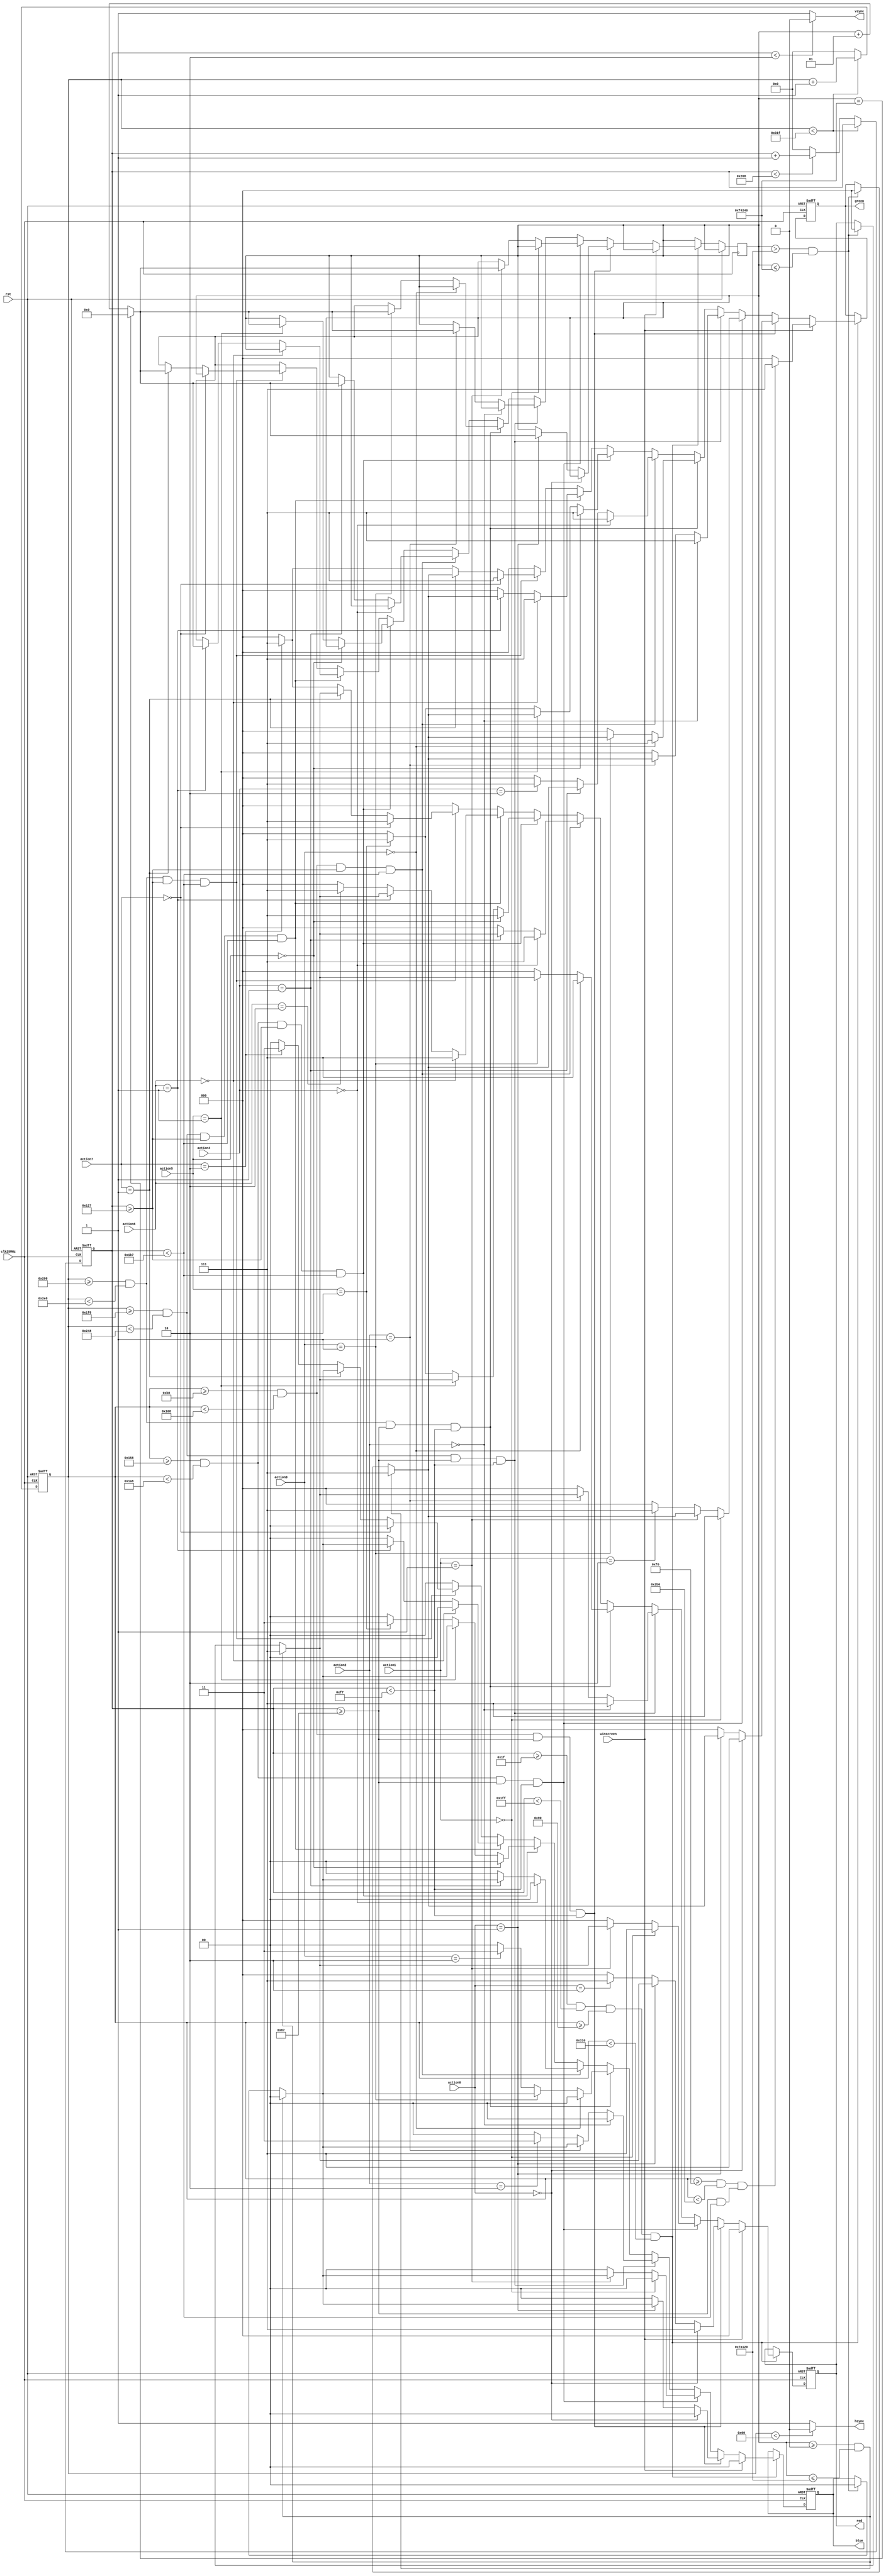
module vga640x480( 	input clk25MHz,
							input rst,
							input [1:0] action0,
							input [1:0] action1,
							input [1:0] action2,
							input [1:0] action3,
							input [1:0] action4,
							input [1:0] action5,
							input [1:0] action6,
							input [1:0] action7,
							input winscreen,
							output reg [2:0] red, 
							output reg [2:0] green, 
							output reg [1:0] blue, 
							output hsync, 
							output vsync
																);

	parameter hpulse = 96; 	// hsync pulse length
	parameter vpulse = 2; 	// vsync pulse length
	parameter hbp = 144; 	// end of horizontal back porch //=144
	parameter hfp = 784; 	// beginning of horizontal front porch //=784
	parameter vbp = 31; 		// end of vertical back porch//=31
	parameter vfp = 511; 	// beginning of vertical front porch//=511
	parameter hPixels = 800;	// horizontal pixels per line = 800
	parameter vLines = 521; 	// vertical lines per frame	= 521
	
	reg [9:0] hc,vc;
	
	assign hsync = (hc < hpulse) ? 0:1;
	assign vsync = (vc < vpulse) ? 0:1;
	
	integer blinking=0;
	
	always @(posedge clk25MHz or posedge rst) begin
		if (rst == 1) begin
			hc <= 0;
			vc <= 0;
		end
		else begin
			if (hc < hPixels - 1)
				hc <= hc + 1;
			else begin
				hc <= 0;
				if (vc < vLines - 1)
					vc <= vc + 1;
				else
					vc <= 0;
			end
		end
	end

	always @(posedge clk25MHz or posedge rst) begin
		if(rst == 1) begin
			red 	<= 3'b000;	
			green <= 3'b000;	
			blue 	<= 2'b00;
		end
		else begin
			if (vc >= vbp && vc < vfp && hc >= hbp && hc < hfp) begin
				if(winscreen==0)begin
					if ((hc >= (hbp+40) && hc < (hbp+120)) && vc >= (vbp+ 72) && vc < (vbp+216)) begin //K
						if(action0==2'b00)begin
							red <= 3'b111;
							green <= 3'b111;
							blue <= 2'b00;
						end
						else if(action0==2'b01)begin
								if(blinking>=0 && blinking<=500000) begin                       // burada sar rengin yanp snmesini salayan kod balyor
									red <= 3'b111;
									green <= 3'b111;
									blue <= 2'b00;
								end
							
								else if(blinking>500000 && blinking<=1000000)begin
									red <= 3'b000;
									green <= 3'b000;
									blue <= 2'b00;					
								end
							
								if(blinking==1000000)
									blinking=0;
								else 
									blinking=blinking+1;                                              //burada sar rengin yanp snmesini salayan kod bitiyor 
						end
						else if(action0==2'b10)begin
							red <= 3'b111;
							green <= 3'b000;
							blue <= 2'b00;
						end
						else begin
							red <= 3'b000;
							green <= 3'b000;
							blue <= 2'b00;
						end
					end
					else if ((hc >= (hbp+200) && hc < (hbp+280)) && vc >= (vbp+ 72) && vc < (vbp+216)) begin //Y
						if(action1==2'b00)begin
							red <= 3'b111;
							green <= 3'b111;
							blue <= 2'b00;
						end
						else if(action1==2'b01)begin
							if(blinking>=0 && blinking<=500000) begin                       // burada sar rengin yanp snmesini salayan kod balyor
										red <= 3'b111;
										green <= 3'b111;
										blue <= 2'b00;
									end
								
									else if(blinking>500000 && blinking<=1000000)begin
										red <= 3'b000;
										green <= 3'b000;
										blue <= 2'b00;					
									end
								
									if(blinking==1000000)
										blinking=0;
									else 
										blinking=blinking+1;                                              //burada sar rengin yanp snmesini salayan kod bitiyor 
						end
						else if(action1==2'b10)begin
							red <= 3'b000;
							green <= 3'b111;
							blue <= 2'b00;
						end
						else begin
							red <= 3'b000;
							green <= 3'b000;
							blue <= 2'b00;
						end
					end
					else if ((hc >= (hbp+360) && hc < (hbp+440)) && vc >= (vbp+ 72) && vc < (vbp+216)) begin //M
						if(action2==2'b00)begin
							red <= 3'b111;
							green <= 3'b111;
							blue <= 2'b00;
						end
						else if(action2==2'b01)begin
							if(blinking>=0 && blinking<=500000) begin                       // burada sar rengin yanp snmesini salayan kod balyor
										red <= 3'b111;
										green <= 3'b111;
										blue <= 2'b00;
									end
								
									else if(blinking>500000 && blinking<=1000000)begin
										red <= 3'b000;
										green <= 3'b000;
										blue <= 2'b00;					
									end
								
									if(blinking==1000000)
										blinking=0;
									else 
										blinking=blinking+1;                                              //burada sar rengin yanp snmesini salayan kod bitiyor 
						end
						else if(action2==2'b10)begin
							red <= 3'b000;
							green <= 3'b000;
							blue <= 2'b11;
						end
						else begin
							red <= 3'b000;
							green <= 3'b000;
							blue <= 2'b00;
						end
					end
					else if ((hc >= (hbp+520) && hc < (hbp+600)) && vc >= (vbp+ 72) && vc < (vbp+216)) begin //M
						if(action3==2'b00)begin
							red <= 3'b111;
							green <= 3'b111;
							blue <= 2'b00;
						end
						else if(action3==2'b01)begin
							if(blinking>=0 && blinking<=500000) begin                       // burada sar rengin yanp snmesini salayan kod balyor
										red <= 3'b111;
										green <= 3'b111;
										blue <= 2'b00;
									end
								
									else if(blinking>500000 && blinking<=1000000)begin
										red <= 3'b000;
										green <= 3'b000;
										blue <= 2'b00;					
									end
								
									if(blinking==1000000)
										blinking=0;
									else 
										blinking=blinking+1;                                              //burada sar rengin yanp snmesini salayan kod bitiyor 
						end
						else if(action3==2'b10)begin
							red <= 3'b000;
							green <= 3'b000;
							blue <= 2'b11;
						end
						else begin
							red <= 3'b000;
							green <= 3'b000;
							blue <= 2'b00;
						end
					end
					else if ((hc >= (hbp+40) && hc < (hbp+120)) && vc >= (vbp+ 264) && vc < (vbp+408)) begin //Y
						if(action4==2'b00)begin
							red <= 3'b111;
							green <= 3'b111;
							blue <= 2'b00;
						end
						else if(action4==2'b01)begin
							if(blinking>=0 && blinking<=500000) begin                       // burada sar rengin yanp snmesini salayan kod balyor
										red <= 3'b111;
										green <= 3'b111;
										blue <= 2'b00;
									end
								
									else if(blinking>500000 && blinking<=1000000)begin
										red <= 3'b000;
										green <= 3'b000;
										blue <= 2'b00;					
									end
								
									if(blinking==1000000)
										blinking=0;
									else 
										blinking=blinking+1;                                              //burada sar rengin yanp snmesini salayan kod bitiyor 
						end
						else if(action4==2'b10)begin
							red <= 3'b000;
							green <= 3'b111;
							blue <= 2'b00;
						end
						else begin
							red <= 3'b000;
							green <= 3'b000;
							blue <= 2'b00;
						end
					end
					else if ((hc >= (hbp+200) && hc < (hbp+280)) && vc >= (vbp+ 264) && vc < (vbp+408)) begin //B
						if(action5==2'b00)begin
							red <= 3'b111;
							green <= 3'b111;
							blue <= 2'b00;
						end
						else if(action5==2'b01)begin
							if(blinking>=0 && blinking<=500000) begin                       // burada sar rengin yanp snmesini salayan kod balyor
										red <= 3'b111;
										green <= 3'b111;
										blue <= 2'b00;
									end
								
									else if(blinking>500000 && blinking<=1000000)begin
										red <= 3'b000;
										green <= 3'b000;
										blue <= 2'b00;					
									end
								
									if(blinking==1000000)
										blinking=0;
									else 
										blinking=blinking+1;                                              //burada sar rengin yanp snmesini salayan kod bitiyor 
						end
						else if(action5==2'b10)begin
							red <= 3'b111;
							green <= 3'b111;
							blue <= 2'b11;
						end
						else begin
							red <= 3'b000;
							green <= 3'b000;
							blue <= 2'b00;
						end
					end
					else if ((hc >= (hbp+360) && hc < (hbp+440)) && vc >= (vbp+ 264) && vc < (vbp+408)) begin //K 
						if(action6==2'b00)begin
							red <= 3'b111;
							green <= 3'b111;
							blue <= 2'b00;
						end
						else if(action6==2'b01)begin
							if(blinking>=0 && blinking<=500000) begin                       // burada sar rengin yanp snmesini salayan kod balyor
										red <= 3'b111;
										green <= 3'b111;
										blue <= 2'b00;
									end
								
									else if(blinking>500000 && blinking<=1000000)begin
										red <= 3'b000;
										green <= 3'b000;
										blue <= 2'b00;					
									end
								
									if(blinking==1000000)
										blinking=0;
									else 
										blinking=blinking+1;                                              //burada sar rengin yanp snmesini salayan kod bitiyor 
						end
						else if(action6==2'b10)begin
							red <= 3'b111;
							green <= 3'b000;
							blue <= 2'b00;
						end
						else begin
							red <= 3'b000;
							green <= 3'b000;
							blue <= 2'b00;
						end
					end
					else if ((hc >= (hbp+520) && hc < (hbp+600)) && vc >= (vbp+ 264) && vc < (vbp+408)) begin //B
						if(action7==2'b00)begin
							red <= 3'b111;
							green <= 3'b111;
							blue <= 2'b00;
						end
						else if(action7==2'b01)begin
							if(blinking>=0 && blinking<=500000) begin                       // burada sar rengin yanp snmesini salayan kod balyor
										red <= 3'b111;
										green <= 3'b111;
										blue <= 2'b00;
									end
								
									else if(blinking>500000 && blinking<=1000000)begin
										red <= 3'b000;
										green <= 3'b000;
										blue <= 2'b00;					
									end
								
									if(blinking==1000000)
										blinking=0;
									else 
										blinking=blinking+1;                                              //burada sar rengin yanp snmesini salayan kod bitiyor 
						end
						else if(action7==2'b10)begin
							red <= 3'b111;
							green <= 3'b111;
							blue <= 2'b11;
						end
						else begin
							red <= 3'b000;
							green <= 3'b000;
							blue <= 2'b00;
						end
				end
				else begin
					red 	<= 3'b000;	
					green <= 3'b000;	
					blue 	<= 2'b00;
				end
			end
			else if(winscreen==1)begin
				if((hc >= (hbp+96) && hc < (hbp+544)) && (vc >= (vbp+72) && vc < (vbp+408))) begin
					red <= 3'b000;
					green <= 3'b111;
					blue <= 2'b00;
				end
				else begin
					red <= 3'b000;
					green <= 3'b000;
					blue <= 2'b00;	
				end
				end
			end //vc hc  
		end //rst else 
	end //always

endmodule